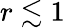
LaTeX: r\lesssim 1